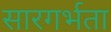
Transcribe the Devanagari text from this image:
सारगर्भता